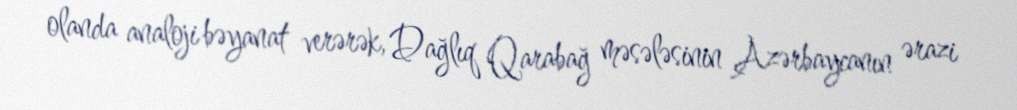
olanda analoji bəyanat verərək, Dağlıq Qarabağ məsələsinin Azərbaycanın ərazi